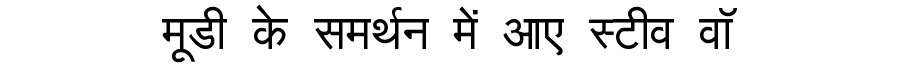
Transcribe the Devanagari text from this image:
मूडी के समर्थन में आए स्टीव वॉ